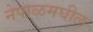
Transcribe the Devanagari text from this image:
नेपाळमघील